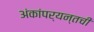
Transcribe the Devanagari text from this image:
अंकांपर्यन्तची